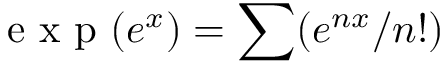
\textrm { e x p } ( e ^ { x } ) = \sum ( e ^ { n x } / n ! )